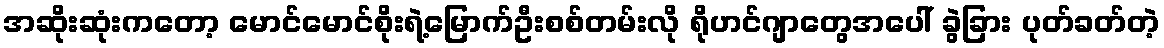
အဆိုးဆုံးကတော့ မောင်မောင်စိုးရဲ့မြောက်ဦးစစ်တမ်းလို ရိုဟင်ဂျာတွေအပေါ် ခွဲခြား ပုတ်ခတ်တဲ့